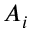
A _ { i }